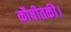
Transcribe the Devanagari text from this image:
कौषीतकी।